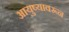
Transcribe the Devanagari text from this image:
आयुष्यावरून